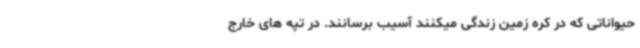
حیواناتی که در کره زمین زندگی میکنند آسیب برسانند. در تپه های خارج